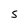
Character: S